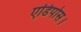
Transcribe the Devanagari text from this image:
एडिपोस।